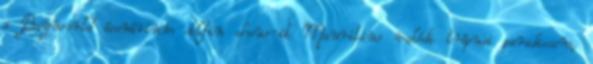
a Bayworld ócenárium delfin show-it Mauritius valódi trópusi paradicsom,